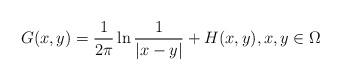
LaTeX: \begin{align*}G(x,y)={1\over 2\pi}\ln{1\over |x-y|}+H(x,y),x,y\in\Omega\end{align*}